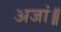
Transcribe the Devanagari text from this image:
अजां॥